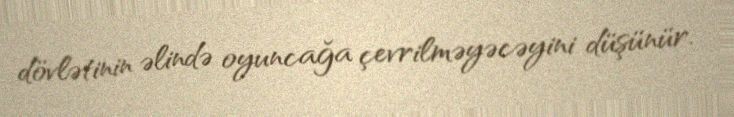
dövlətinin əlində oyuncağa çevrilməyəcəyini düşünür.